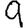
Digit: 9